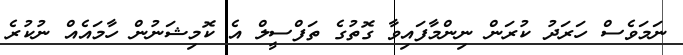
ނަމަވެސް ހަރަދު ކުރަން ނިންމާފައިވާ ގޮތުގެ ތަފްސީލް އެ ކޮމިޝަނުން ހާމައެއް ނުކުރެ